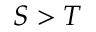
S > T